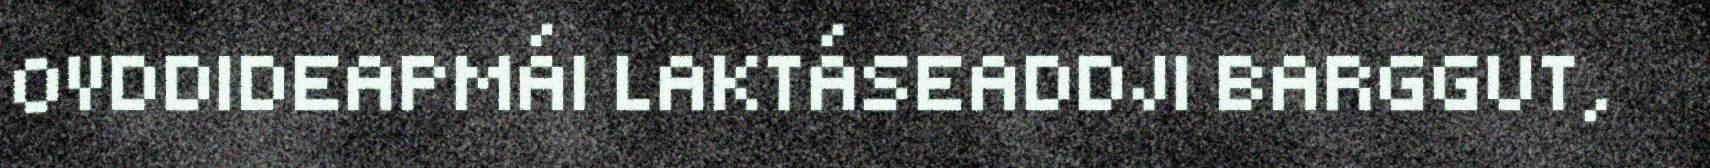
OVDDIDEAPMÁI LAKTÁSEADDJI BARGGUT,